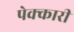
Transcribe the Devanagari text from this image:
पेक्कारी